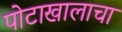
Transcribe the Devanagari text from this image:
पोटाखालाचा